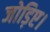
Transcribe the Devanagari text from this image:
जोड़िए।